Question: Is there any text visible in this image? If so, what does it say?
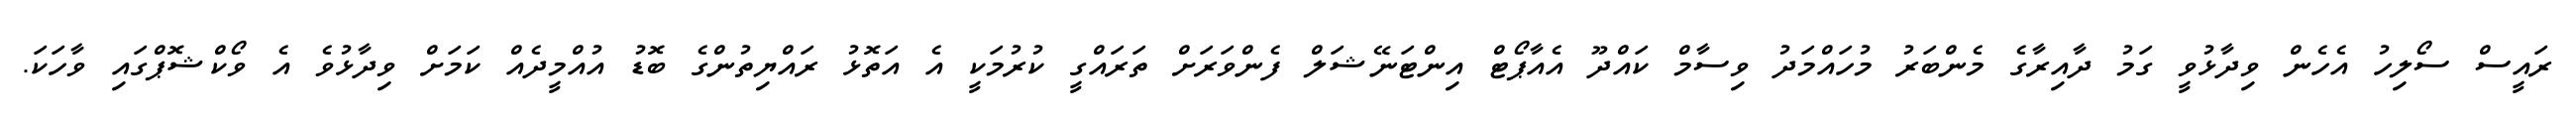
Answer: ރައީސް ސޯލިހު އެހެން ވިދާޅުވީ ގަމު ދާއިރާގެ މެންބަރު މުހައްމަދު ވިސާމް ކައްދޫ އެއާޕޯޓް އިންޓަނޭޝަލް ފެންވަރަށް ތަރައްގީ ކުރުމަކީ އެ އަތޮޅު ރައްޔިތުންގެ ބޮޑު އުއްމީދެއް ކަމަށް ވިދާޅުވެ އެ ވޯކްޝޮޕްގައި ވާހަކަ.